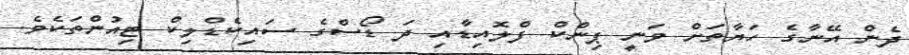
ދެން އޭނާގެ ހަޔާތަށް ވަނީ ޕިންކް ފްލޮއިޑާއި ދަ ޑޯސްގެ ސައިކެޑްލިކް ޓިއުންތަކެވެ.